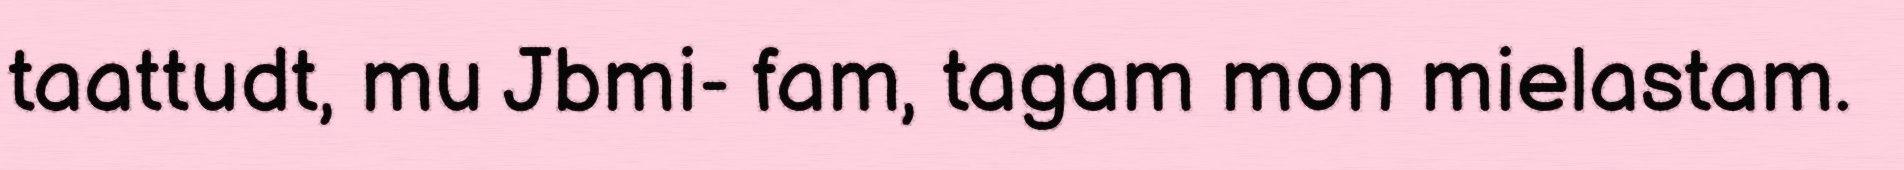
taattudt, mu Jbmi- fam, tagam mon mielastam.